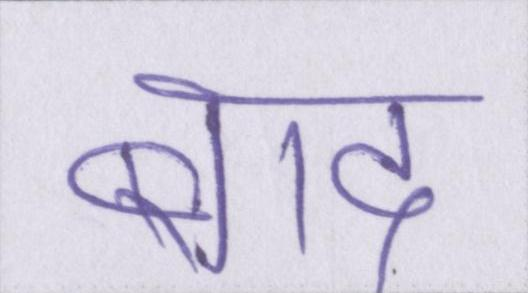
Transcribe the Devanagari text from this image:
बाद